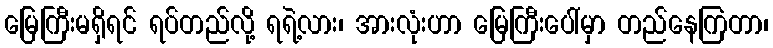
မြေကြီးမရှိရင် ရပ်တည်လို့ ရရဲ့လား၊ အားလုံးဟာ မြေကြီးပေါ်မှာ တည်နေကြတာ၊